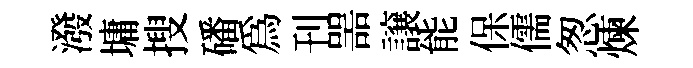
潑墉搜磻爲刊噐譲能保儒怱煉